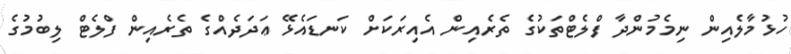
ހުޅުމާލެއިން ނިމެމުންދާ ފްލެޓްތަކުގެ ތެރެއިން އެއިރަކަށް ކަނޑައެޅޭ ޢަދަދެއްގެ ތެރެއިން ފްލެޓް ލިބުމުގެ